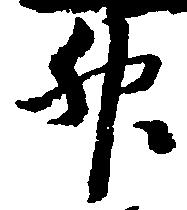
升